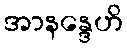
အာနန္ဒေဟိ